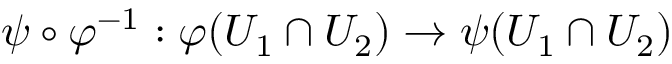
\psi \circ \varphi ^ { - 1 } : \varphi ( U _ { 1 } \cap U _ { 2 } ) \to \psi ( U _ { 1 } \cap U _ { 2 } )